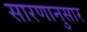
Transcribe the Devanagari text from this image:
सारणानुसार